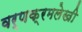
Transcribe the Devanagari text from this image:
वर्णक्रमलेखी